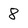
Character: 8